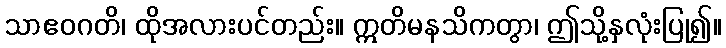
သာဧဝဂတိ၊ ထိုအလားပင်တည်း။ ဣတိမနသိကတွာ၊ ဤသို့နှလုံးပြု၍။